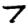
Digit: 7